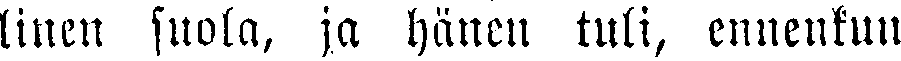
linen suola, ja hänen tuli, ennenkun